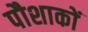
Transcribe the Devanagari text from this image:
पौशाकों